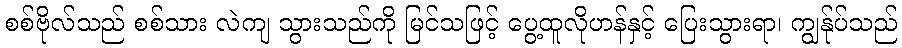
စစ်ဗိုလ်သည် စစ်သား လဲကျ သွားသည်ကို မြင်သဖြင့် ပွေ့ထူလိုဟန်နှင့် ပြေးသွားရာ၊ ကျွန်ုပ်သည်